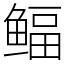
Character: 鲾